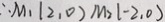
\therefore M _ { 1 } ( 2 , 0 ) M _ { 2 } ( - 2 , 0 )